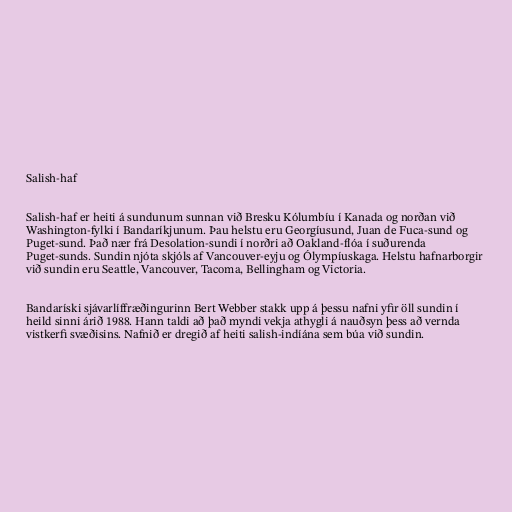
Salish-haf

Salish-haf er heiti á sundunum sunnan við Bresku Kólumbíu í Kanada og norðan við
Washington-fylki í Bandaríkjunum. Þau helstu eru Georgíusund, Juan de Fuca-sund og
Puget-sund. Það nær frá Desolation-sundi í norðri að Oakland-flóa í suðurenda
Puget-sunds. Sundin njóta skjóls af Vancouver-eyju og Ólympíuskaga. Helstu hafnarborgir
við sundin eru Seattle, Vancouver, Tacoma, Bellingham og Victoria.

Bandaríski sjávarlíffræðingurinn Bert Webber stakk upp á þessu nafni yfir öll sundin í
heild sinni árið 1988. Hann taldi að það myndi vekja athygli á nauðsyn þess að vernda
vistkerfi svæðisins. Nafnið er dregið af heiti salish-indíána sem búa við sundin.